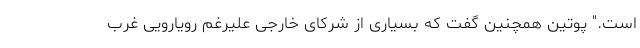
است." پوتین همچنین گفت که بسیاری از شرکای خارجی علیرغم رویارویی غرب